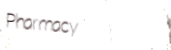
Pharmacy